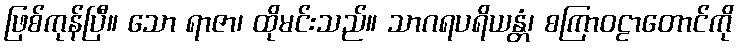
ဖြစ်ကုန်ပြီ။ သော ရာဇာ၊ ထိုမင်းသည်။ သာဂရပရိယန္တံ၊ စကြာဝဠာတောင်ကို